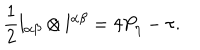
\frac { 1 } { 2 } l _ { \alpha \beta } \otimes l ^ { \alpha \beta } = 4 P _ { \eta } - \tau .